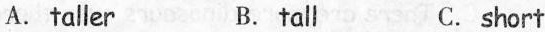
A.taller B.tall C.short